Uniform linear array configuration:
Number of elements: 48
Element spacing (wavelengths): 0.5
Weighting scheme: exponential
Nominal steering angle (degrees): -45
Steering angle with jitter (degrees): -43.236
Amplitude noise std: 0.05
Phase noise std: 0.05

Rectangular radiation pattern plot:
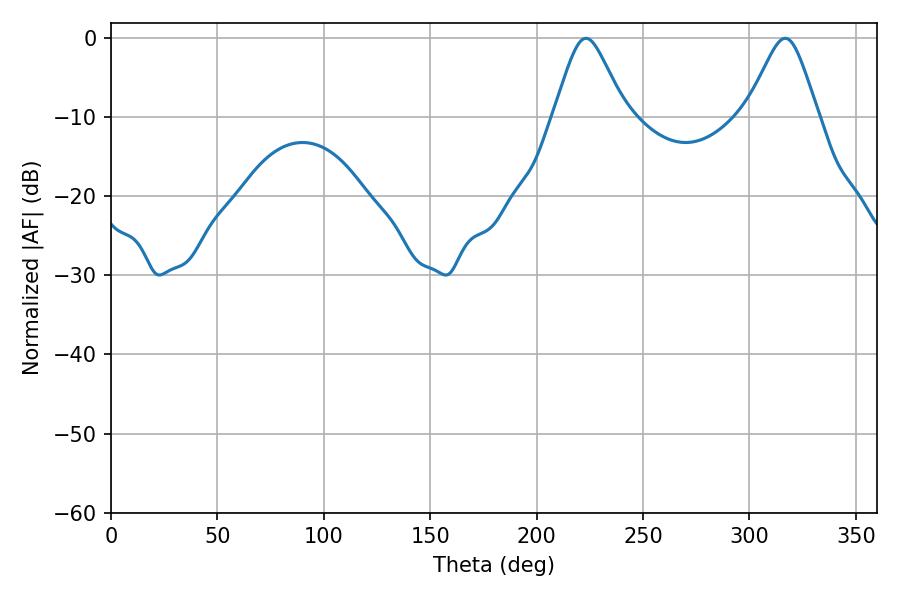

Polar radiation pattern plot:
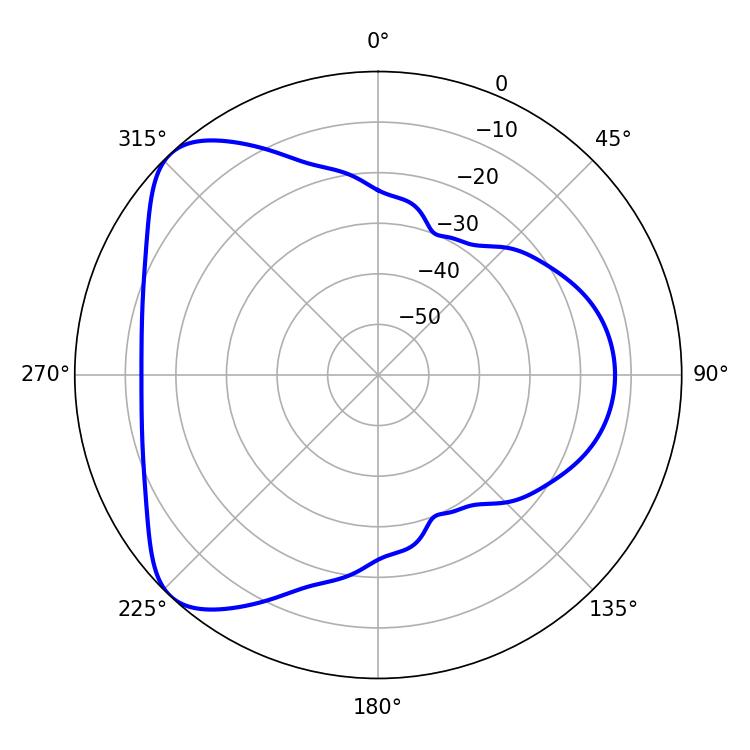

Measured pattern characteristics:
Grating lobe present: FALSE
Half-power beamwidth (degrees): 16.2
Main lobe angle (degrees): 223.2